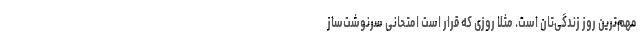
مهم‌ترین روز زندگی‌تان است. مثلاً روزی که قرار است امتحانی سرنوشت‌ساز